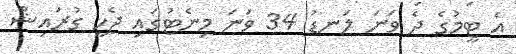
އެ ޓީމުގެ ދެ ވަނަ ލަނޑު 34 ވަނަ މިނެޓުގައި ޖެހީ ގުރައިޝް